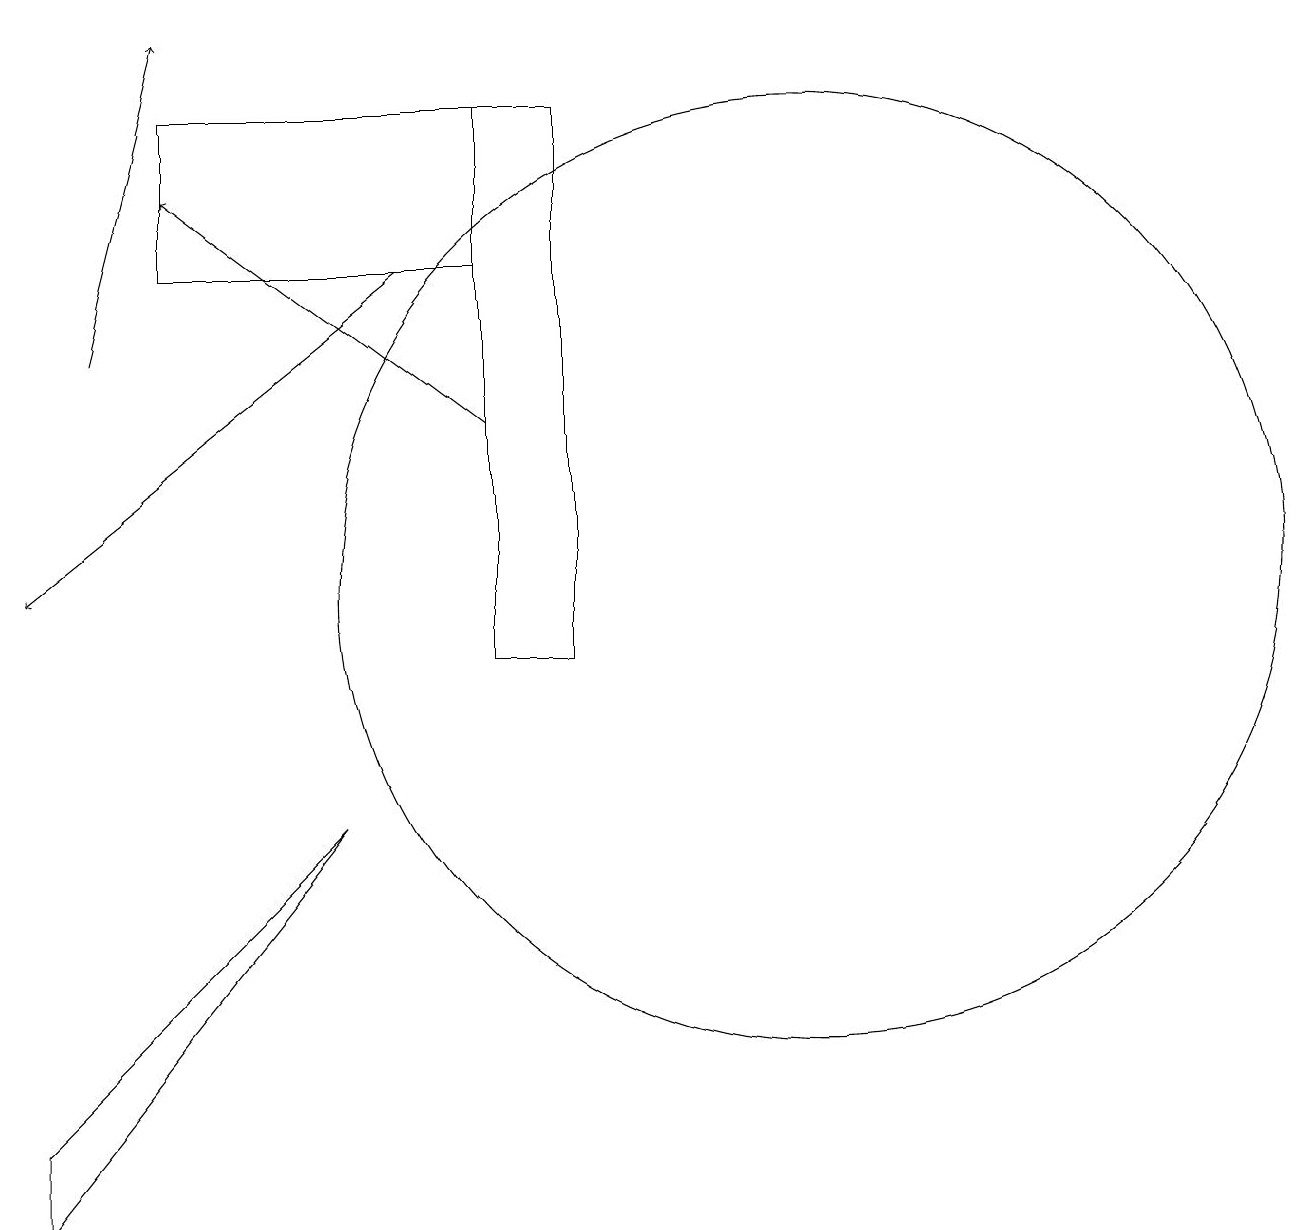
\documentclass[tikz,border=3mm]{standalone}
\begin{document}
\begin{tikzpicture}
\draw (7,10) rectangle (8,17);
\draw[->] (6,15) -- (1,11);
\draw[->] (7,13) -- (3,16);
\draw (11,11) circle (6);
\draw (7,15) rectangle (3,17);
\draw (1,3) -- (1,4) -- (5,8) -- cycle;
\draw[->] (2,14) -- (3,18);
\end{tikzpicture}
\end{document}